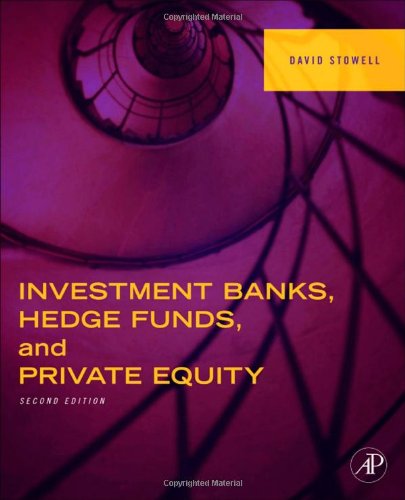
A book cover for Investment Banks, Hedge Funds, and Private Equity, Second Edition; David Stowell; Business & Money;